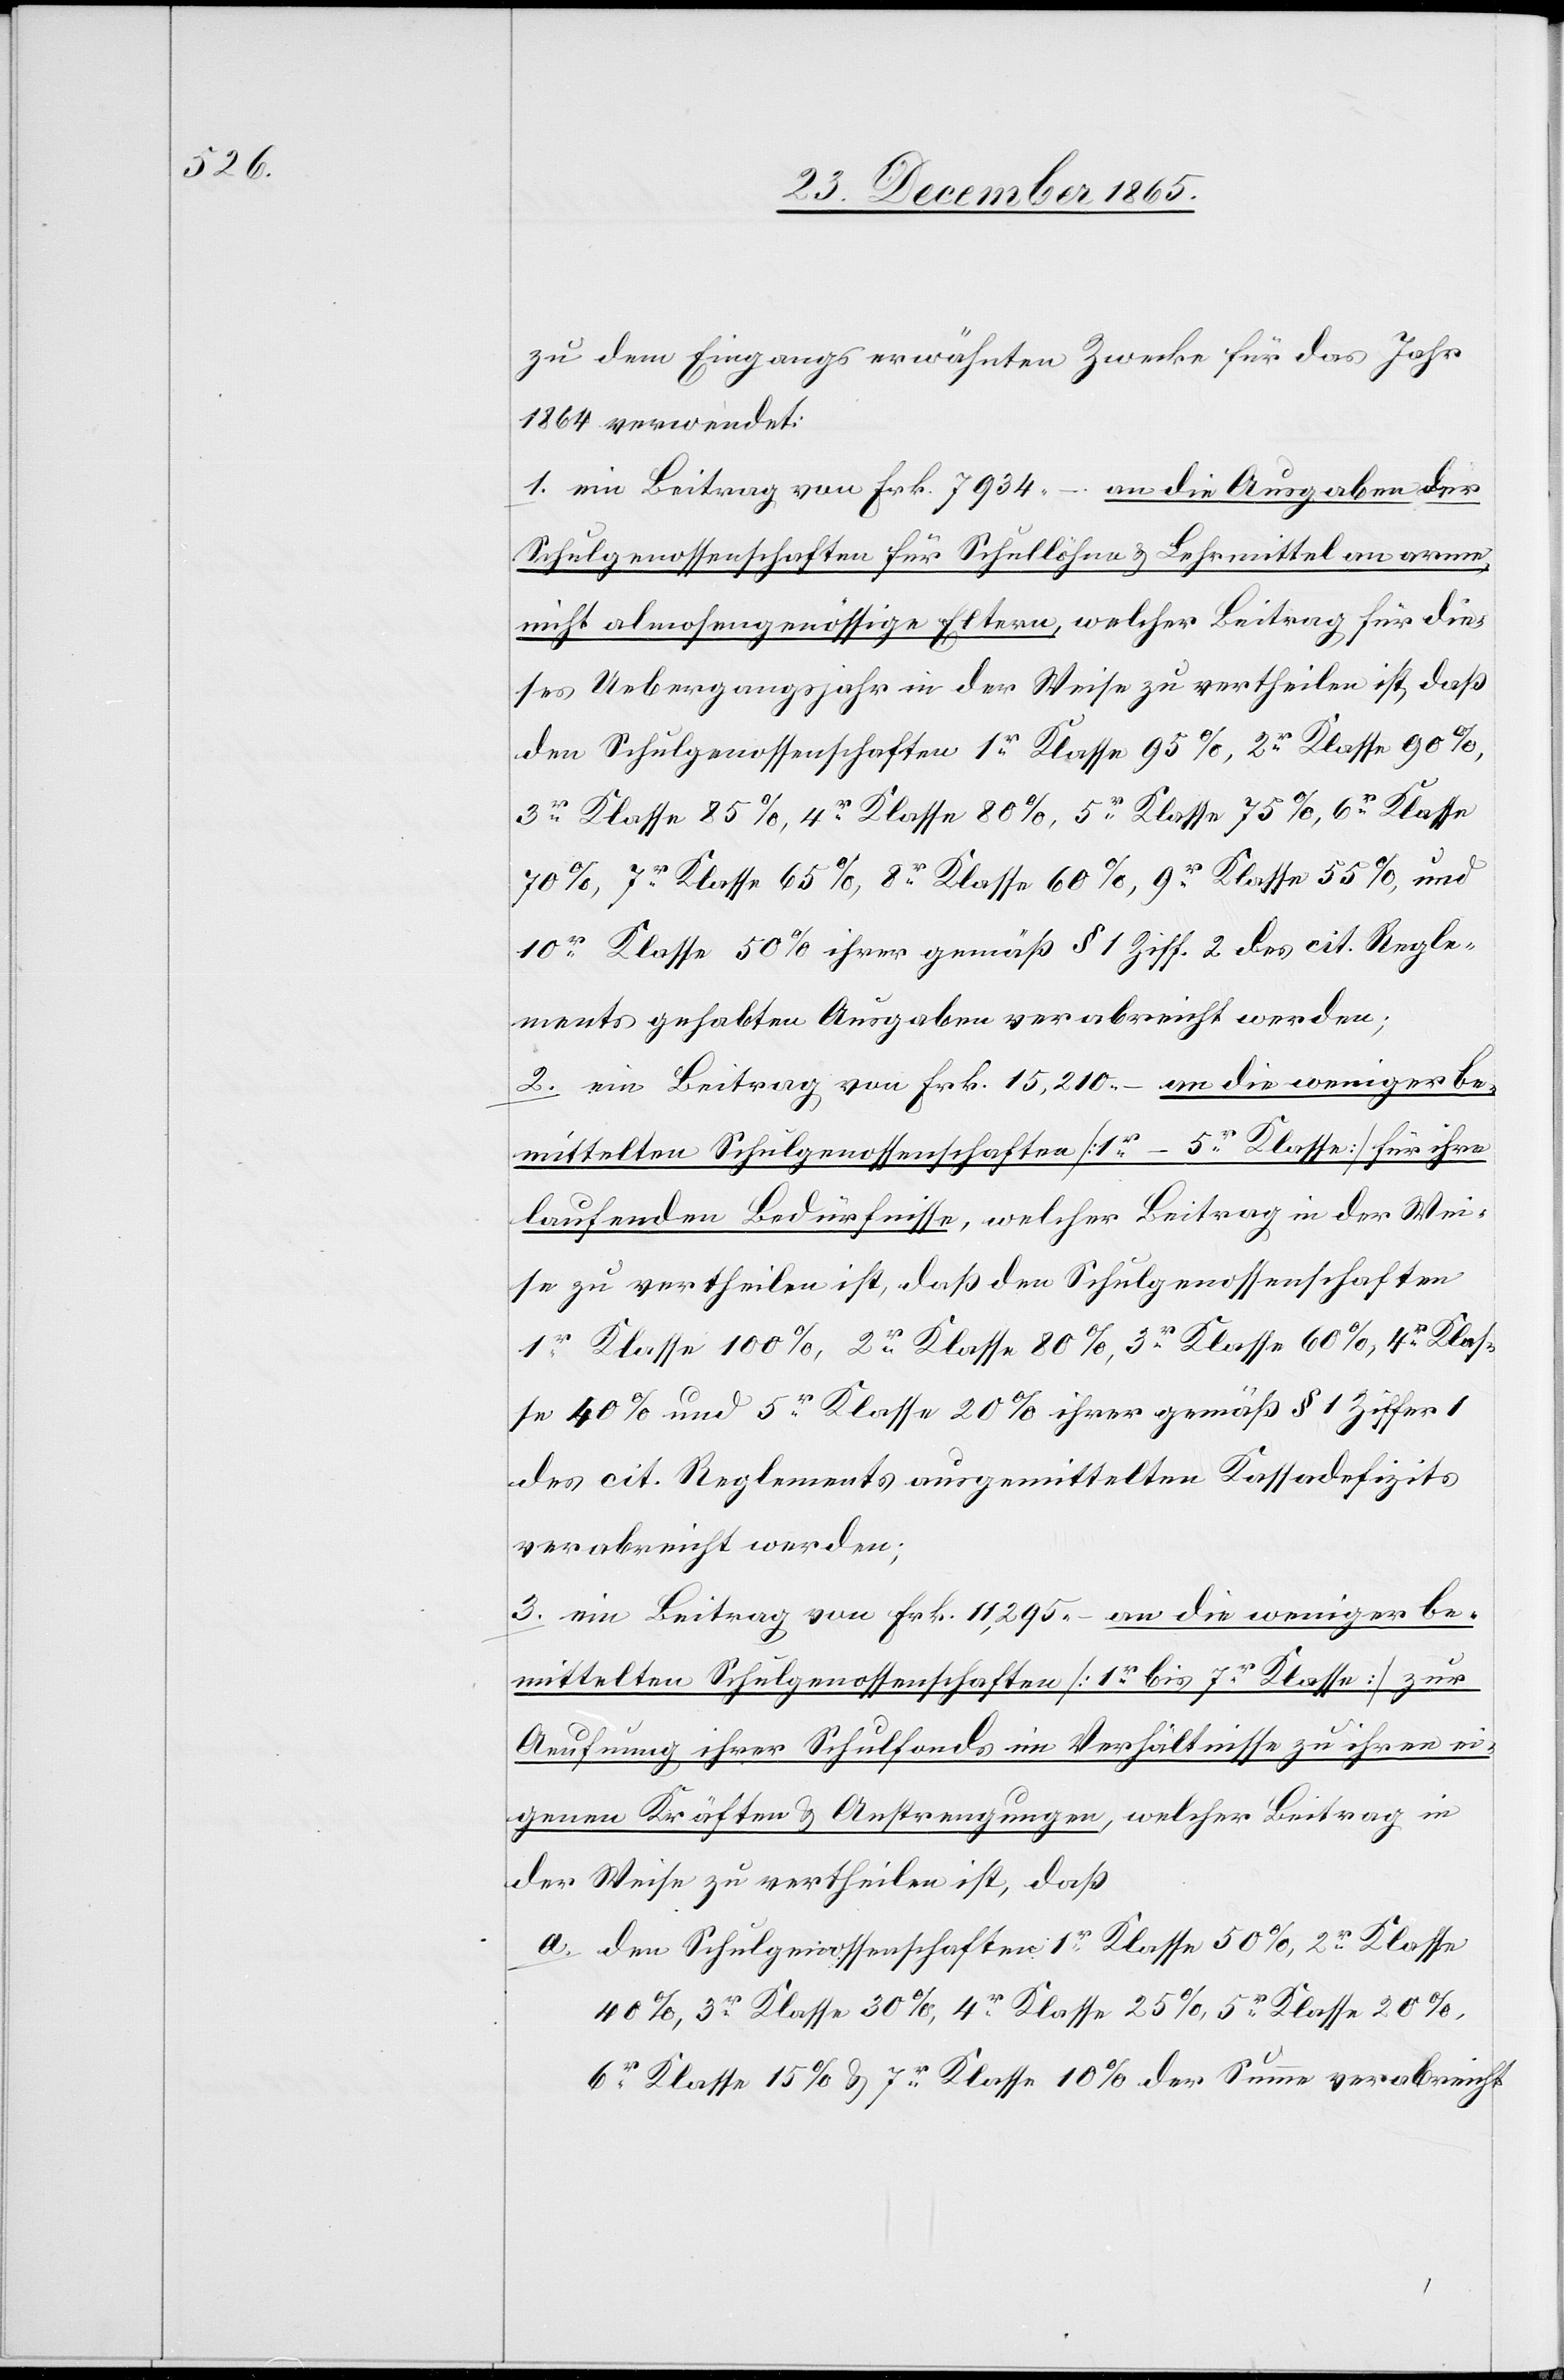
zu dem Eingangs erwähnten Zwecke für das Jahr
1864 verwendet:
1. ein Beitrag von Frk. 7934.– an die Ausgaben der
Schulgenossenschaften für Schullöhne & Lehrmittel an arme
nicht almosengenössige Eltern, welcher Beitrag für die¬
ses Uebergangsjahr in der Weise zu vertheilen ist, daß
den Schulgenossenschaften 1r Klasse 95%, 2r Klasse 90%,
3r Klasse 85%, 4r Klasse 80%, 5r Klasse 75%, 6r Klasse
70%, 7r Klasse 65%, 8r Klasse 60%, 9r Klasse 55% und
10r Klasse 50% ihrer gemäß § 1 Ziff. 2 des cit. Regle¬
ments gehabten Ausgaben verabreicht werden;
2. ein Beitrag von Frk. 15,210.– an die weniger be¬
mittelten Schulgenossenschaften [1r–5r Klasse] für ihre
laufenden Bedürfnisse, welcher Beitrag in der Wei¬
se zu vertheilen ist, daß den Schulgenossenschaften
1r Klasse 100%, 2r Klasse 80%, 3r Klasse 60%, 4r Klas¬
se 40% und 5r Klasse 20% ihrer gemäß § 1 Ziffer 1
des cit. Reglements ausgemittelten Kassadefizits
verabreicht werden;
3. ein Beitrag von Frk. 11,295.– an die weniger be¬
mittelten Schulgenossenschaften [1r bis 7r Klasse] zur
Aeufnung ihrer Schulfonds im Verhältnisse zu ihren ei¬
genen Kräften & Anstrengungen, welcher Beitrag in
der Weise zu vertheilen ist, daß
a. den Schulgenossenschaften 1r Klasse 50%, 2r Klasse
40%, 3r Klasse 30%, 4r Klasse 25%, 5r Klasse 20%,
6r Klasse 15% & 7r Klasse 10% der Summe verabreicht